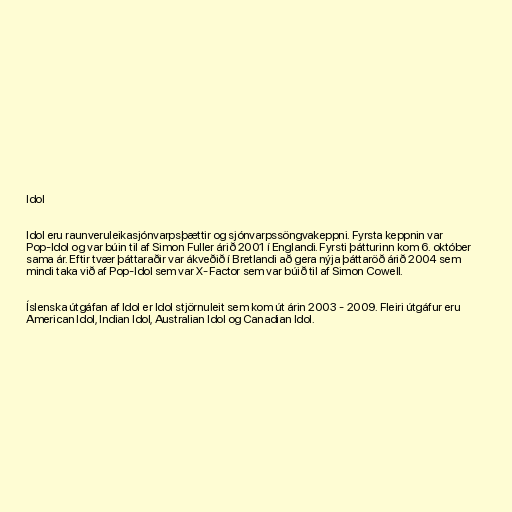
Idol

Idol eru raunveruleikasjónvarpsþættir og sjónvarpssöngvakeppni. Fyrsta keppnin var
Pop-Idol og var búin til af Simon Fuller árið 2001 í Englandi. Fyrsti þátturinn kom 6. október
sama ár. Eftir tvær þáttaraðir var ákveðið í Bretlandi að gera nýja þáttaröð árið 2004 sem
mindi taka við af Pop-Idol sem var X-Factor sem var búið til af Simon Cowell.

Íslenska útgáfan af Idol er Idol stjörnuleit sem kom út árin 2003 - 2009. Fleiri útgáfur eru
American Idol, Indian Idol, Australian Idol og Canadian Idol.